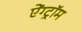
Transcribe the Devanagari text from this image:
ऐंग्ट्रॉम